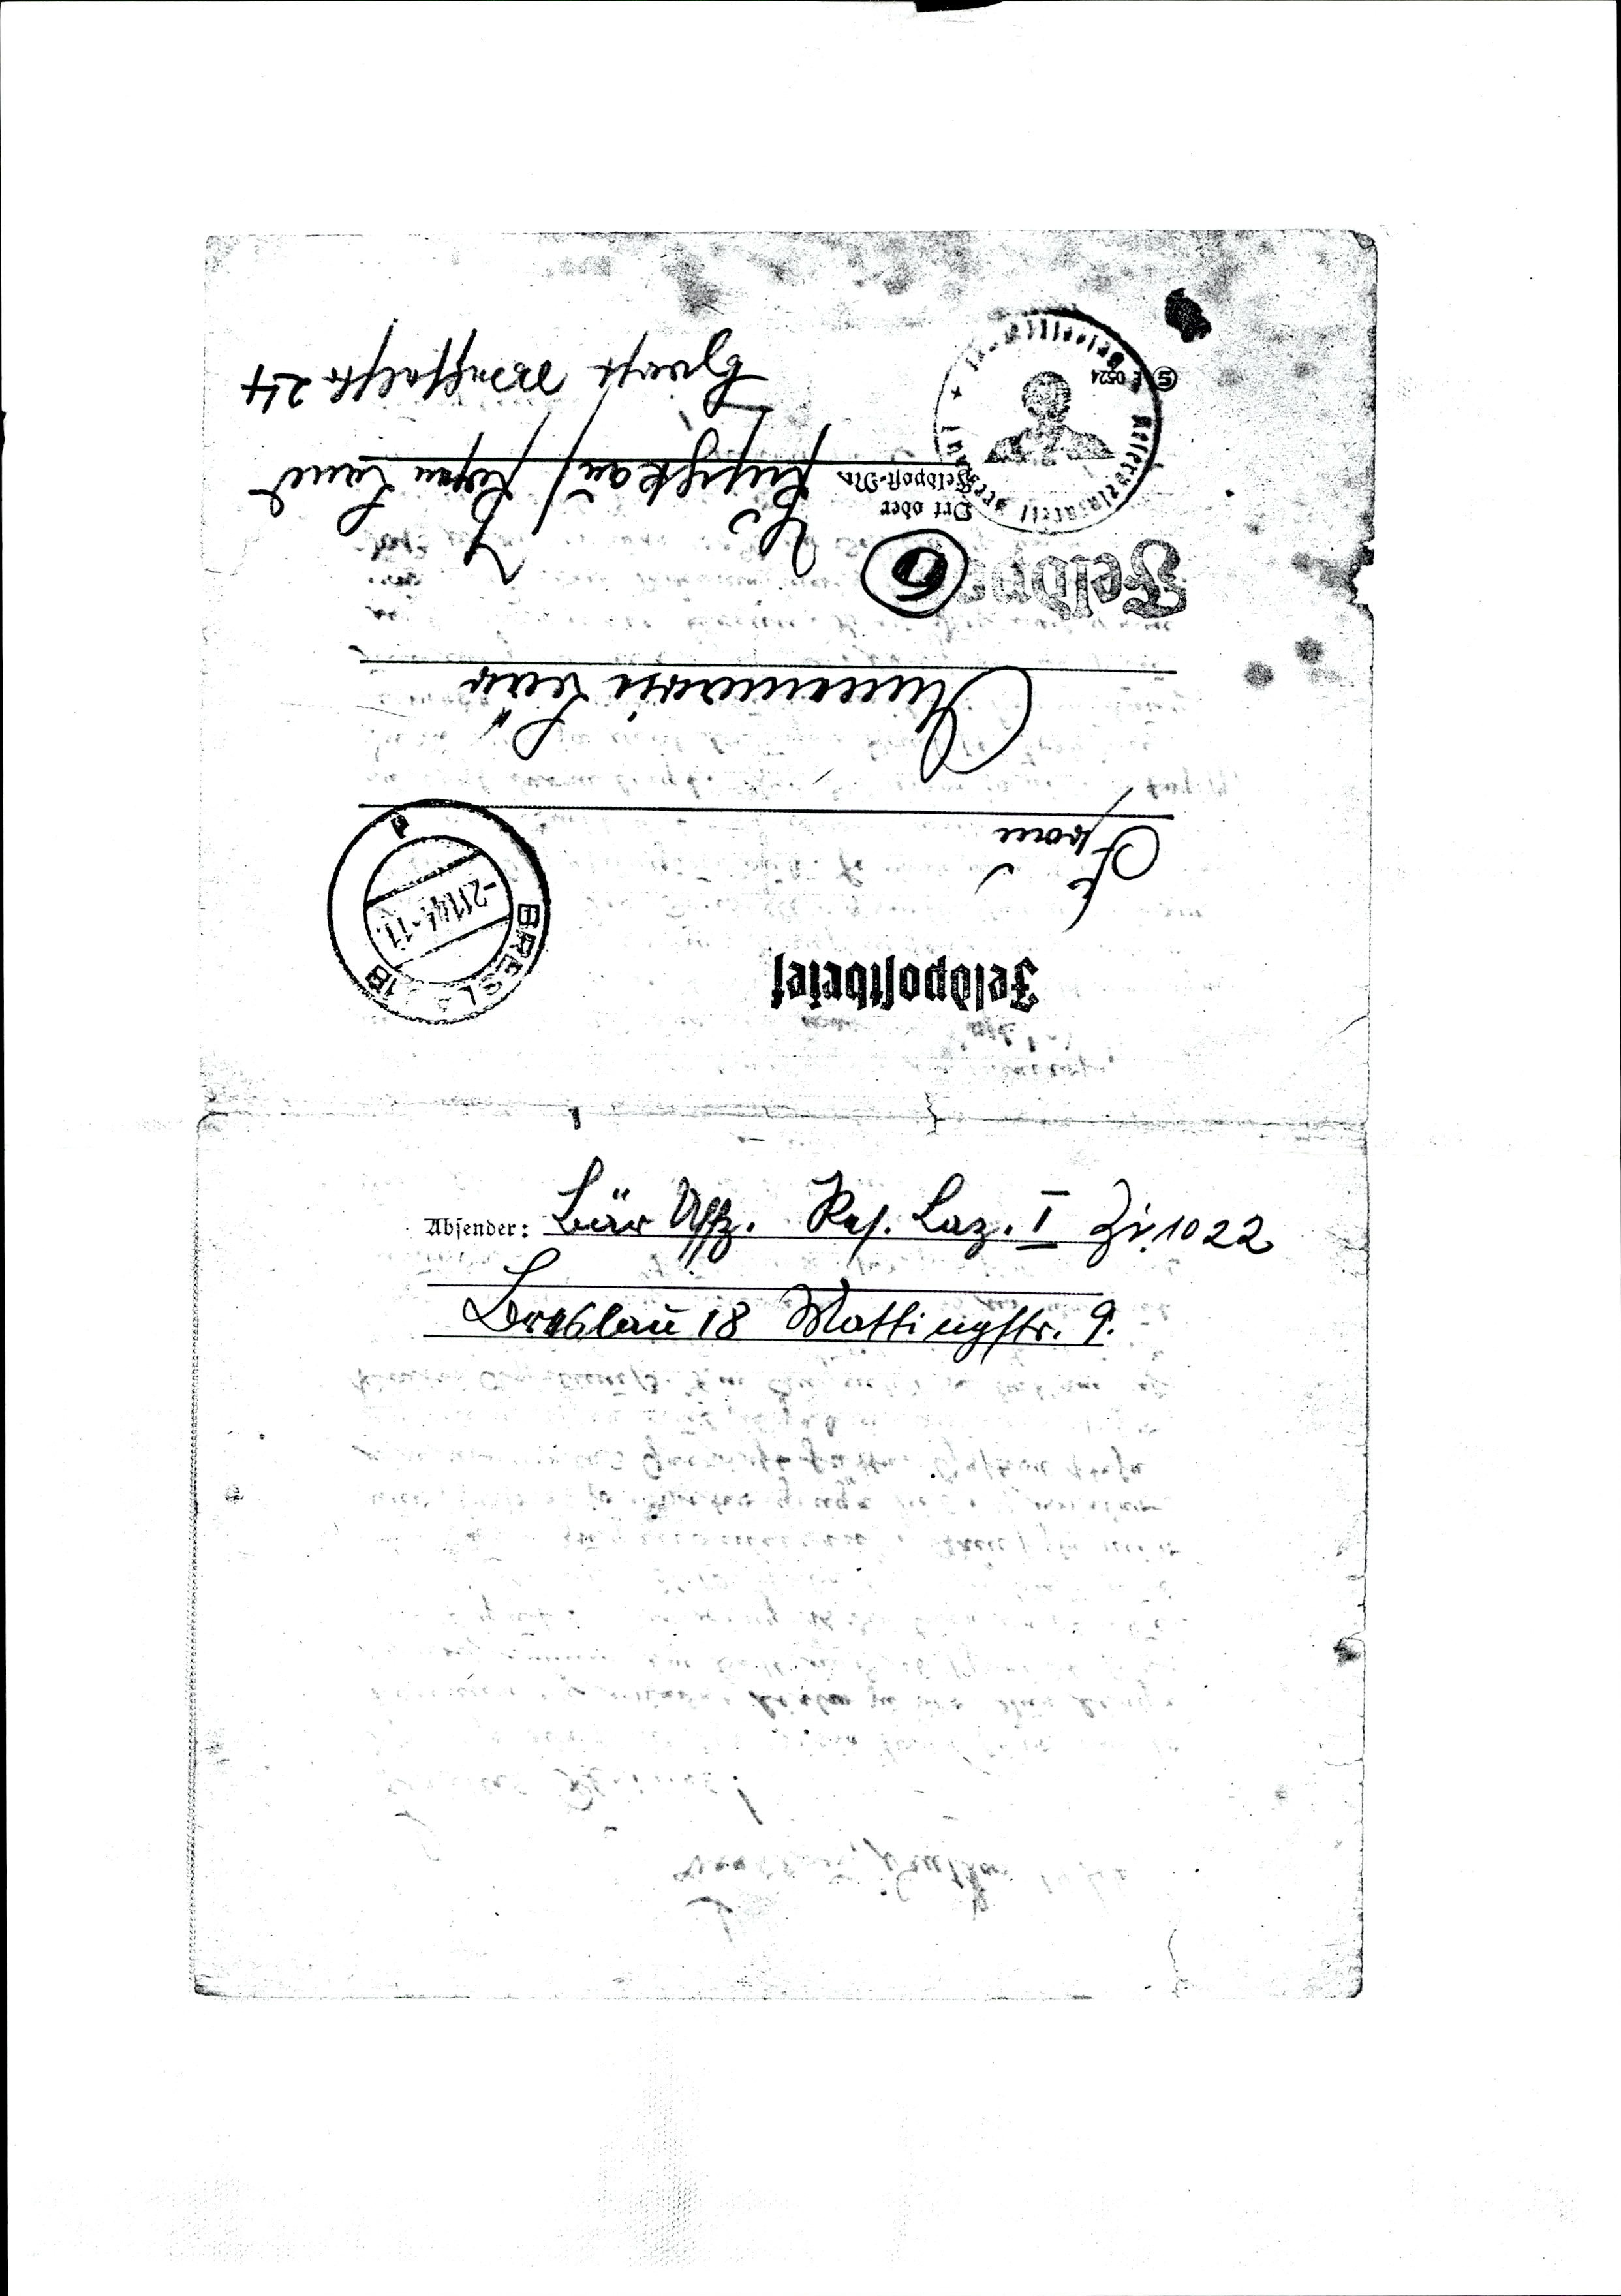
Frau
Annemarie Bär
Puschkau / Posen Land
Horst Wesselstr. 24
Bär Uffz. Res. Laz, I Zi. 1022
Breslau 18 Mattingstr. 9.